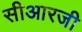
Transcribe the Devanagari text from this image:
सीआरजी